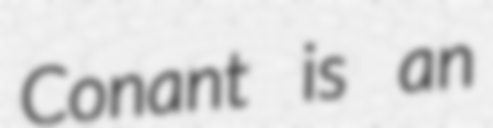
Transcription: Conant is an